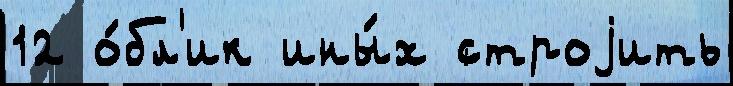
12 о́бл'ик ины́х строjить